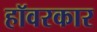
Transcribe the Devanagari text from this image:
हॉवरकार